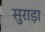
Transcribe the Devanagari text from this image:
सुराड़ा